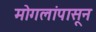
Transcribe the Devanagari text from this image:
मोगलांपासून